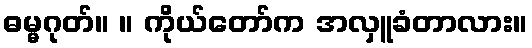
ဓမ္မဂုတ်။ ။ ကိုယ်တော်က အလှူခံတာလား။